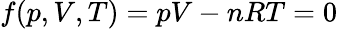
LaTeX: f(p,V,T)=pV-nRT=0